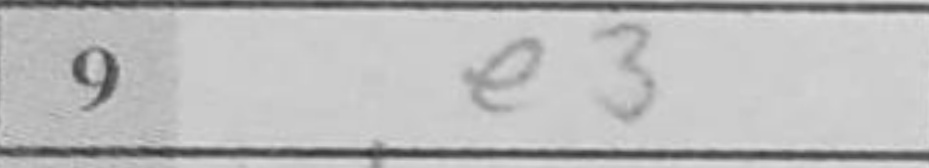
Transcription: e3